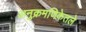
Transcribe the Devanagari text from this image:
अनुक्रमणिकेतले